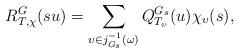
LaTeX: \begin{align*}R^G_{T,\chi}(su) = \sum_{\upsilon\in j_{G_s}^{-1}(\omega)} Q^{G_s}_{T_\upsilon}(u) \chi_\upsilon(s), \end{align*}